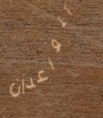
يتواعدان